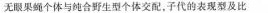
无眼果蝇个体与纯合野生型个体交配，子代的表现型及比